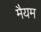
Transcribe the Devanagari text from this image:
मैयम